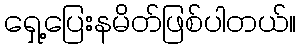
ရှေ့ပြေးနမိတ်ဖြစ်ပါတယ်။